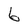
Character: 6